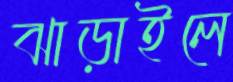
ঝাড়াইলে